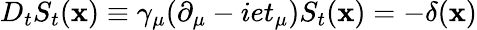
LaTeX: D_{t}S_{t}(\mathbf{x})\equiv\gamma_{\mu}(\partial_{\mu}-iet_{\mu})S_{t}(\mathbf{x})=-\delta(\mathbf{x})